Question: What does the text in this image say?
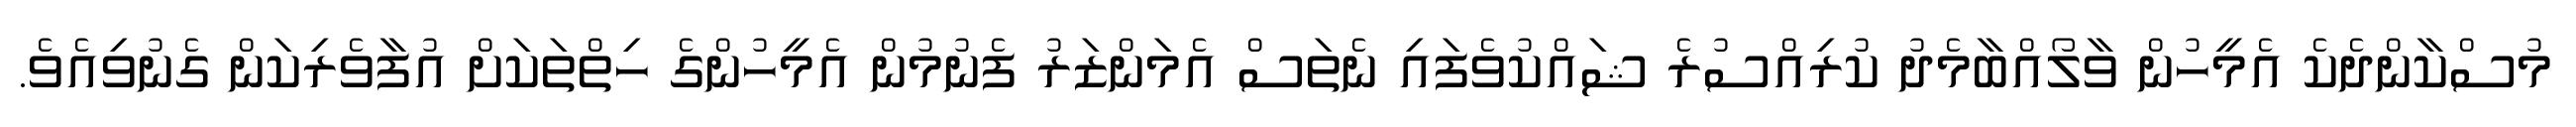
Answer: މުސްކާންދެކެ އެމީހުން ވާލޯއްބާމެދު ކުރިއްސުރެ ޝައްކުވެފައި ނެތަސް އެމަންޒަރު ފެނުމުން އެމީހުންގެ ހިތްތަކަށް އުފާވެރިކަން ގެނުވިއެވެ.